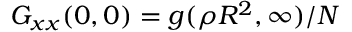
G _ { x x } ( 0 , 0 ) = g ( \rho R ^ { 2 } , \infty ) / N